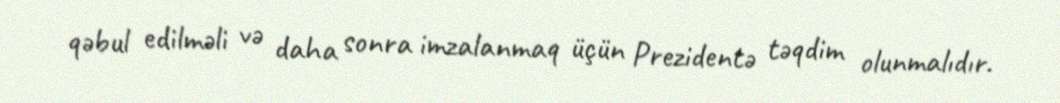
qəbul edilməli və daha sonra imzalanmaq üçün Prezidentə təqdim olunmalıdır.